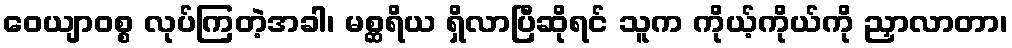
ဝေယျာဝစ္စ လုပ်ကြတဲ့အခါ၊ မစ္ဆရိယ ရှိလာပြီဆိုရင် သူက ကိုယ့်ကိုယ်ကို ညှာလာတာ၊